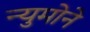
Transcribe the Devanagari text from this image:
न्युमोने